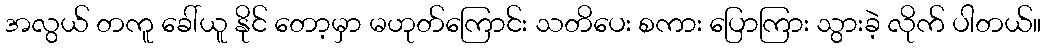
အလွယ် တကူ ခေါ်ယူ နိုင် တော့မှာ မဟုတ်ကြောင်း သတိပေး စကား ပြောကြား သွားခဲ့ လိုက် ပါတယ်။